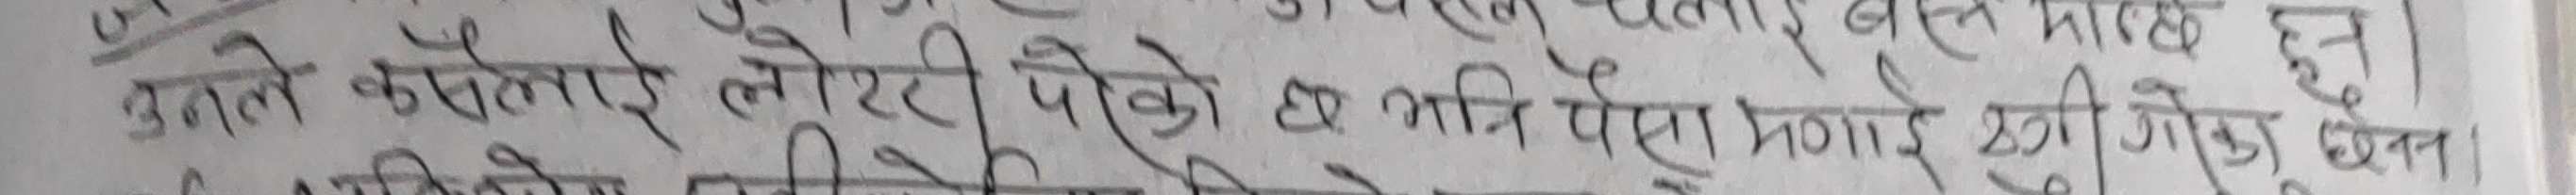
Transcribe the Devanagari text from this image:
बन्नते कछेलाई लोटारी पेको प्र अति पहिला मनाई खोज धन।